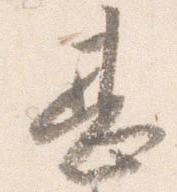
甚